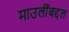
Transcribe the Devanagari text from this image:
माउलींबद्दल